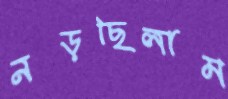
নড়ছিলাম